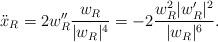
LaTeX: \begin{align*}\ddot{x}_{R} = 2 w_{R}'' \dfrac{ w_{R} }{ |w_{R}|^{4} } = - 2 \frac{ w_{R}^{2}|w_{R}'|^{2} }{ |w_{R}|^{6} }.\end{align*}